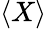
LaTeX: \left<X\right>